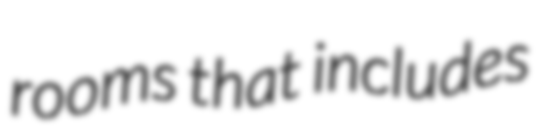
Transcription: rooms that includes